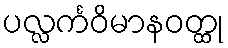
ပလ္လင်္ကဝိမာနဝတ္ထု